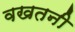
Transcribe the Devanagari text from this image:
वखतनी